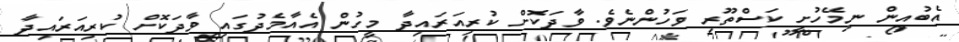
އެބުއިން ނިމޭހުށީ ކަސްތޫރި ވަހުންނެވެ. ވާދަކޮށް ކުރިއަރައިދާ މީހުން އެއާމެދުގައި ވާދަކޮށް ކުރިއަރައިދާ